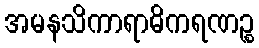
အမနသိကာရာဓိကရဏဉ္စ